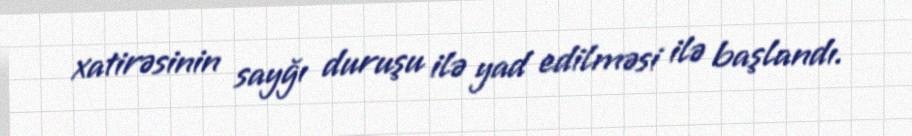
xatirəsinin sayğı duruşu ilə yad edilməsi ilə başlandı.